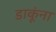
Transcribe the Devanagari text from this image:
डाकूंना